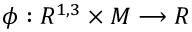
\phi : R ^ { 1 , 3 } \times { \cal M } \longrightarrow R